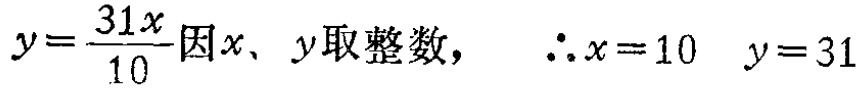
\(y=\frac{31x}{10}\text{因}x、y\text{取整数，}\ \ \therefore x = 10\ \ y = 31\)